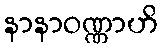
နာနာဝဏ္ဏာဟိ